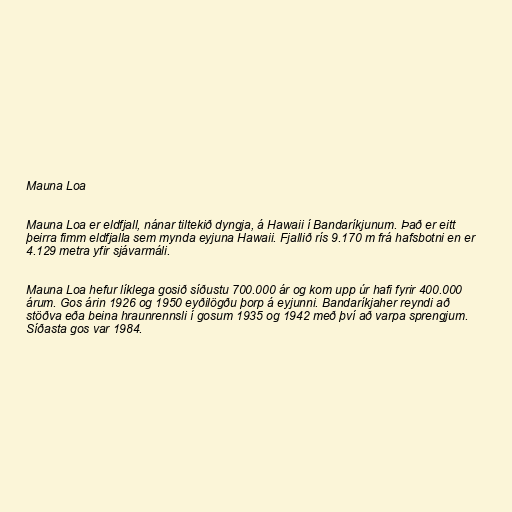
Mauna Loa

Mauna Loa er eldfjall, nánar tiltekið dyngja, á Hawaii í Bandaríkjunum. Það er eitt
þeirra fimm eldfjalla sem mynda eyjuna Hawaii. Fjallið rís 9.170 m frá hafsbotni en er
4.129 metra yfir sjávarmáli.

Mauna Loa hefur líklega gosið síðustu 700.000 ár og kom upp úr hafi fyrir 400.000
árum. Gos árin 1926 og 1950 eyðilögðu þorp á eyjunni. Bandaríkjaher reyndi að
stöðva eða beina hraunrennsli í gosum 1935 og 1942 með því að varpa sprengjum.
Síðasta gos var 1984.